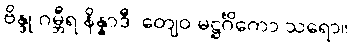
ဗိန္ဒု ဂမ္ဘီရ နိန္နာဒီ၊ တျေဝ မဋ္ဌင်္ဂိကော သရော။